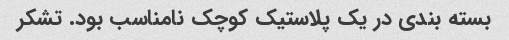
بسته بندی در یک پلاستیک کوچک نامناسب بود. تشکر